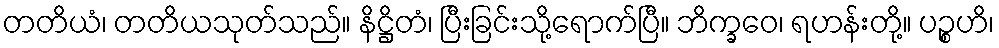
တတိယံ၊ တတိယသုတ်သည်။ နိဋ္ဌိတံ၊ ပြီးခြင်းသို့ရောက်ပြီ။ ဘိက္ခဝေ၊ ရဟန်းတို့။ ပဉ္စဟိ၊